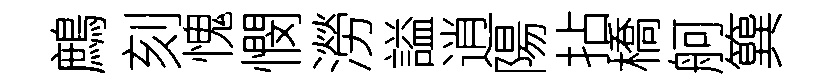
鷓刻愧憫澇謚逍陽拈橋舸簨